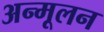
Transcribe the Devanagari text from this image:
अन्मूलन